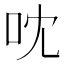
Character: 㕪